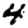
Digit: 4